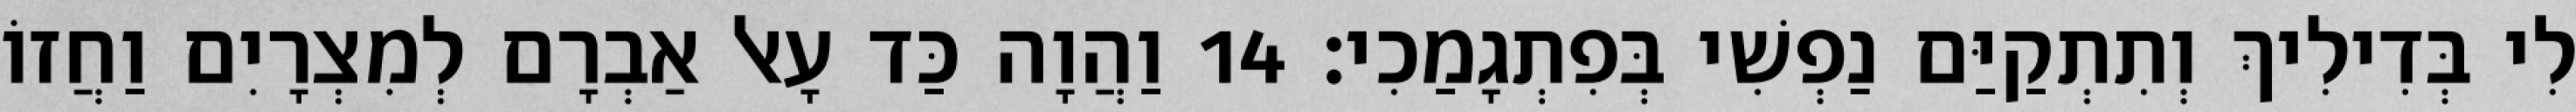
לִי בְּדִילִיךְ וְתִתְקַיַּם נַפְשִׁי בְּפִתְגָמַכִי׃ 14 וַהֲוָה כַּד עָאל אַבְרָם לְמִצְרָיִם וַחֲזוֹ